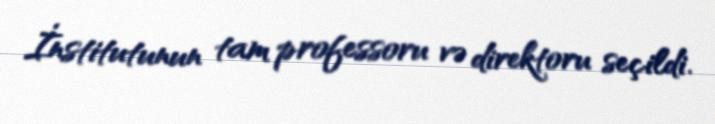
İnstitutunun tam professoru və direktoru seçildi.